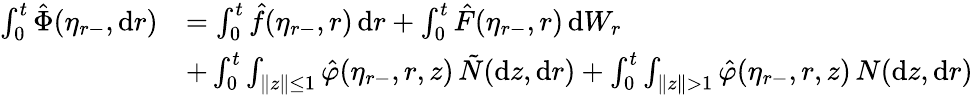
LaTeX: \begin{array}{rl}{\int_{0}^{t}\hat{\Phi}(\eta_{r-},\mathrm{d}r)}&{=\int_{0}^{t}\hat{f}(\eta_{r-},r)\, \mathrm{d}r+\int_{0}^{t}\hat{F}(\eta_{r-},r)\, \mathrm{d}W_{r}}\\ &{+\int_{0}^{t}\int_{\| z\| \leq 1}\hat{\varphi}(\eta_{r-},r,z)\, \tilde{N}(\mathrm{d}z,\mathrm{d}r)+\int_{0}^{t}\int_{\| z\| >1}\hat{\varphi}(\eta_{r-},r,z)\, N(\mathrm{d}z,\mathrm{d}r)}\end{array}